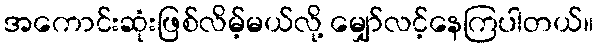
အကောင်းဆုံးဖြစ်လိမ့်မယ်လို့ မျှော်လင့်နေကြပါတယ်။